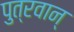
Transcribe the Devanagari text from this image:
पुत्रवान्